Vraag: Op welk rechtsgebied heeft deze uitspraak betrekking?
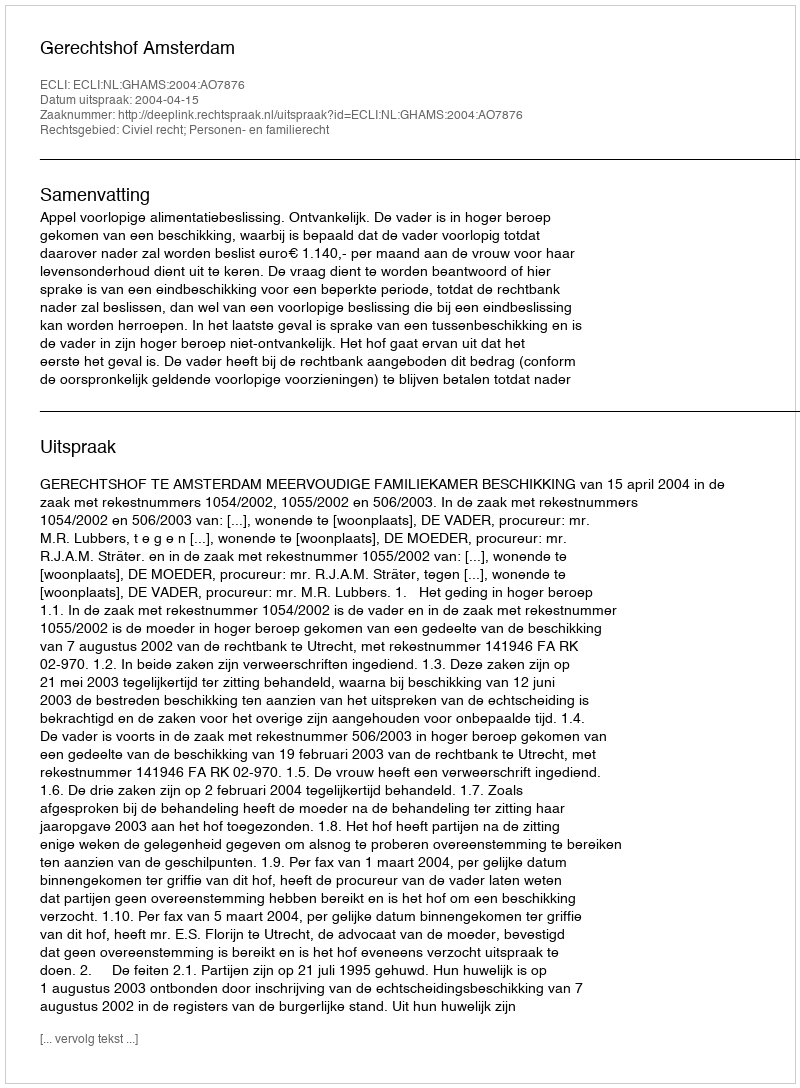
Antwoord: Civiel recht; Personen- en familierecht